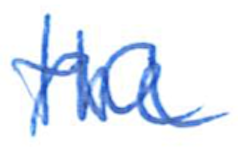
Text: the
Cross-out: wave
Writing tool: ballpoint